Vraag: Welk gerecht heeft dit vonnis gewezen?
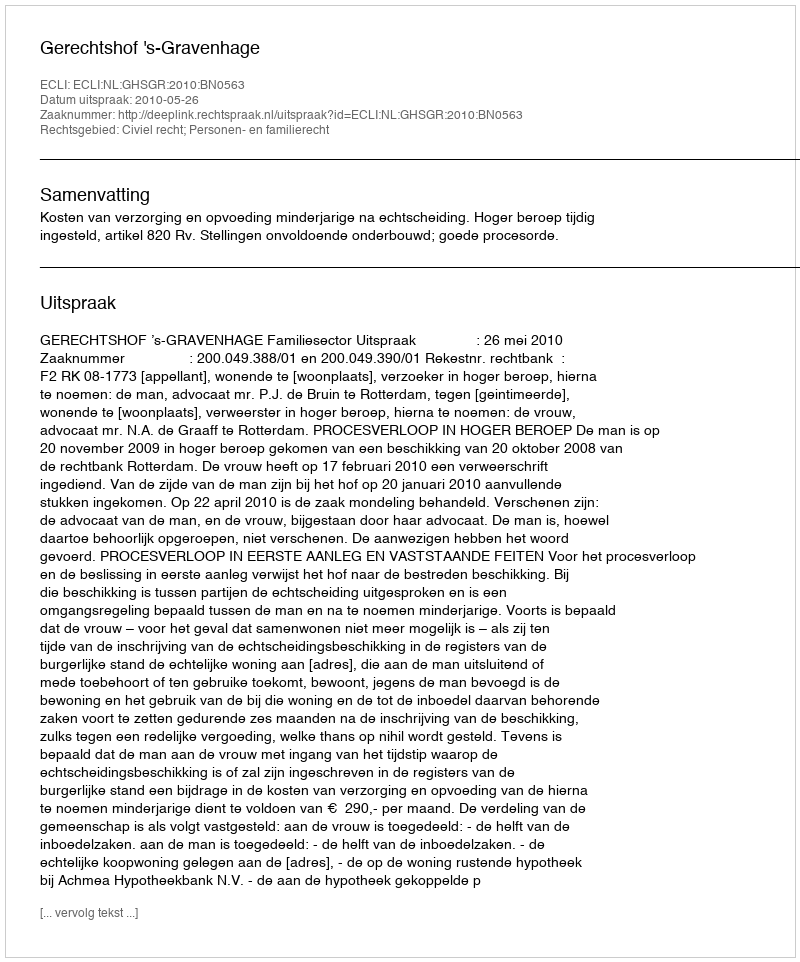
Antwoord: Gerechtshof 's-Gravenhage